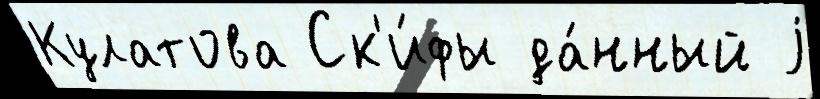
Кулатова Ск'и́фы да́нный j